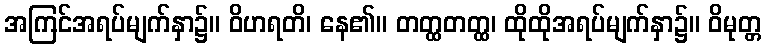
အကြင်အရပ်မျက်နှာ၌။ ဝိဟရတိ၊ နေ၏။ တတ္ထတတ္ထ၊ ထိုထိုအရပ်မျက်နှာ၌။ ဝိမုတ္တ